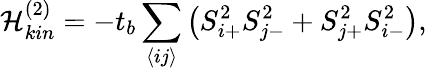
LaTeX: \mathcal{H}_{kin}^{(2)}=-t_{b}\sum_{\left\langle ij\right\rangle}\big(S_{i{+}}^{2}S_{j{-}}^{2}+S_{j{+}}^{2}S_{i{-}}^{2}\big),